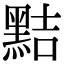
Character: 黠